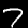
Digit: 7